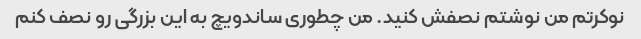
نوکرتم من نوشتم نصفش کنید. من چطوری ساندویچ به این بزرگی رو نصف کنم